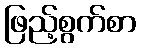
ဖြည့်စွက်စာ